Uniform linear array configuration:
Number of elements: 48
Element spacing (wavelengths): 0.5
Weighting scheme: uniform
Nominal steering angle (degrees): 45
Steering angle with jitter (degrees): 45.153
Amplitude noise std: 0.05
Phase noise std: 0.05

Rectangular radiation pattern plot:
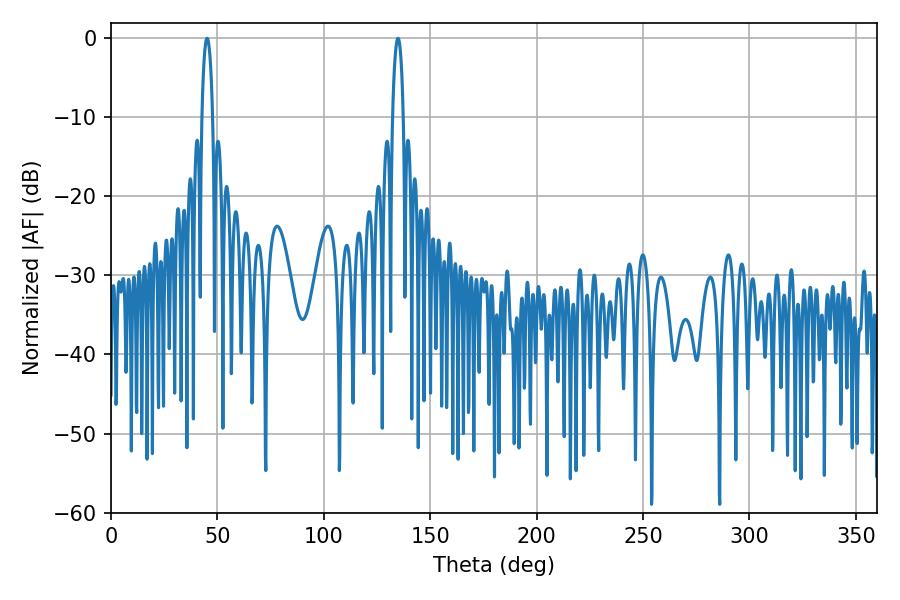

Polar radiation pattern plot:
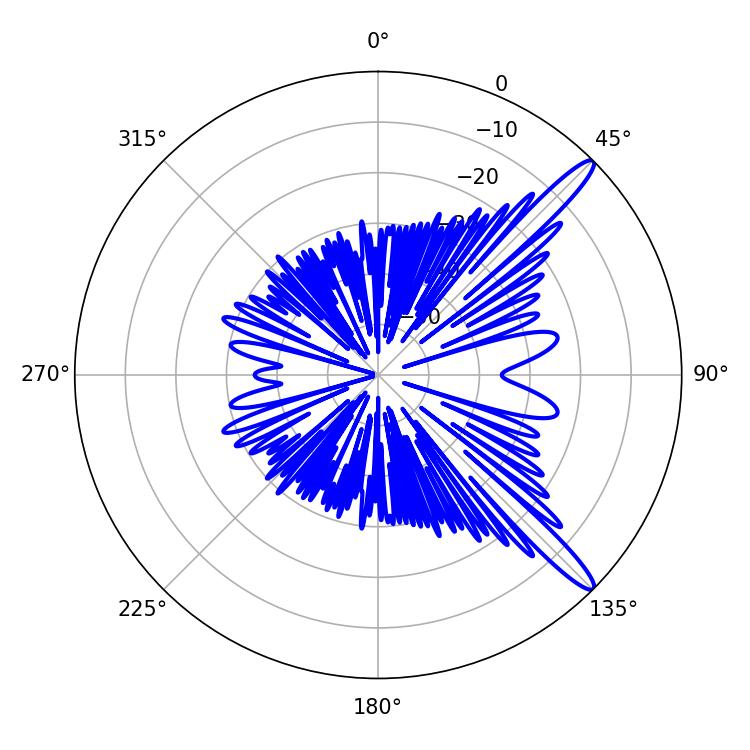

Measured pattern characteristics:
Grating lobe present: FALSE
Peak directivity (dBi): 13.804
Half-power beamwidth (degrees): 2.88
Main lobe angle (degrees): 134.82